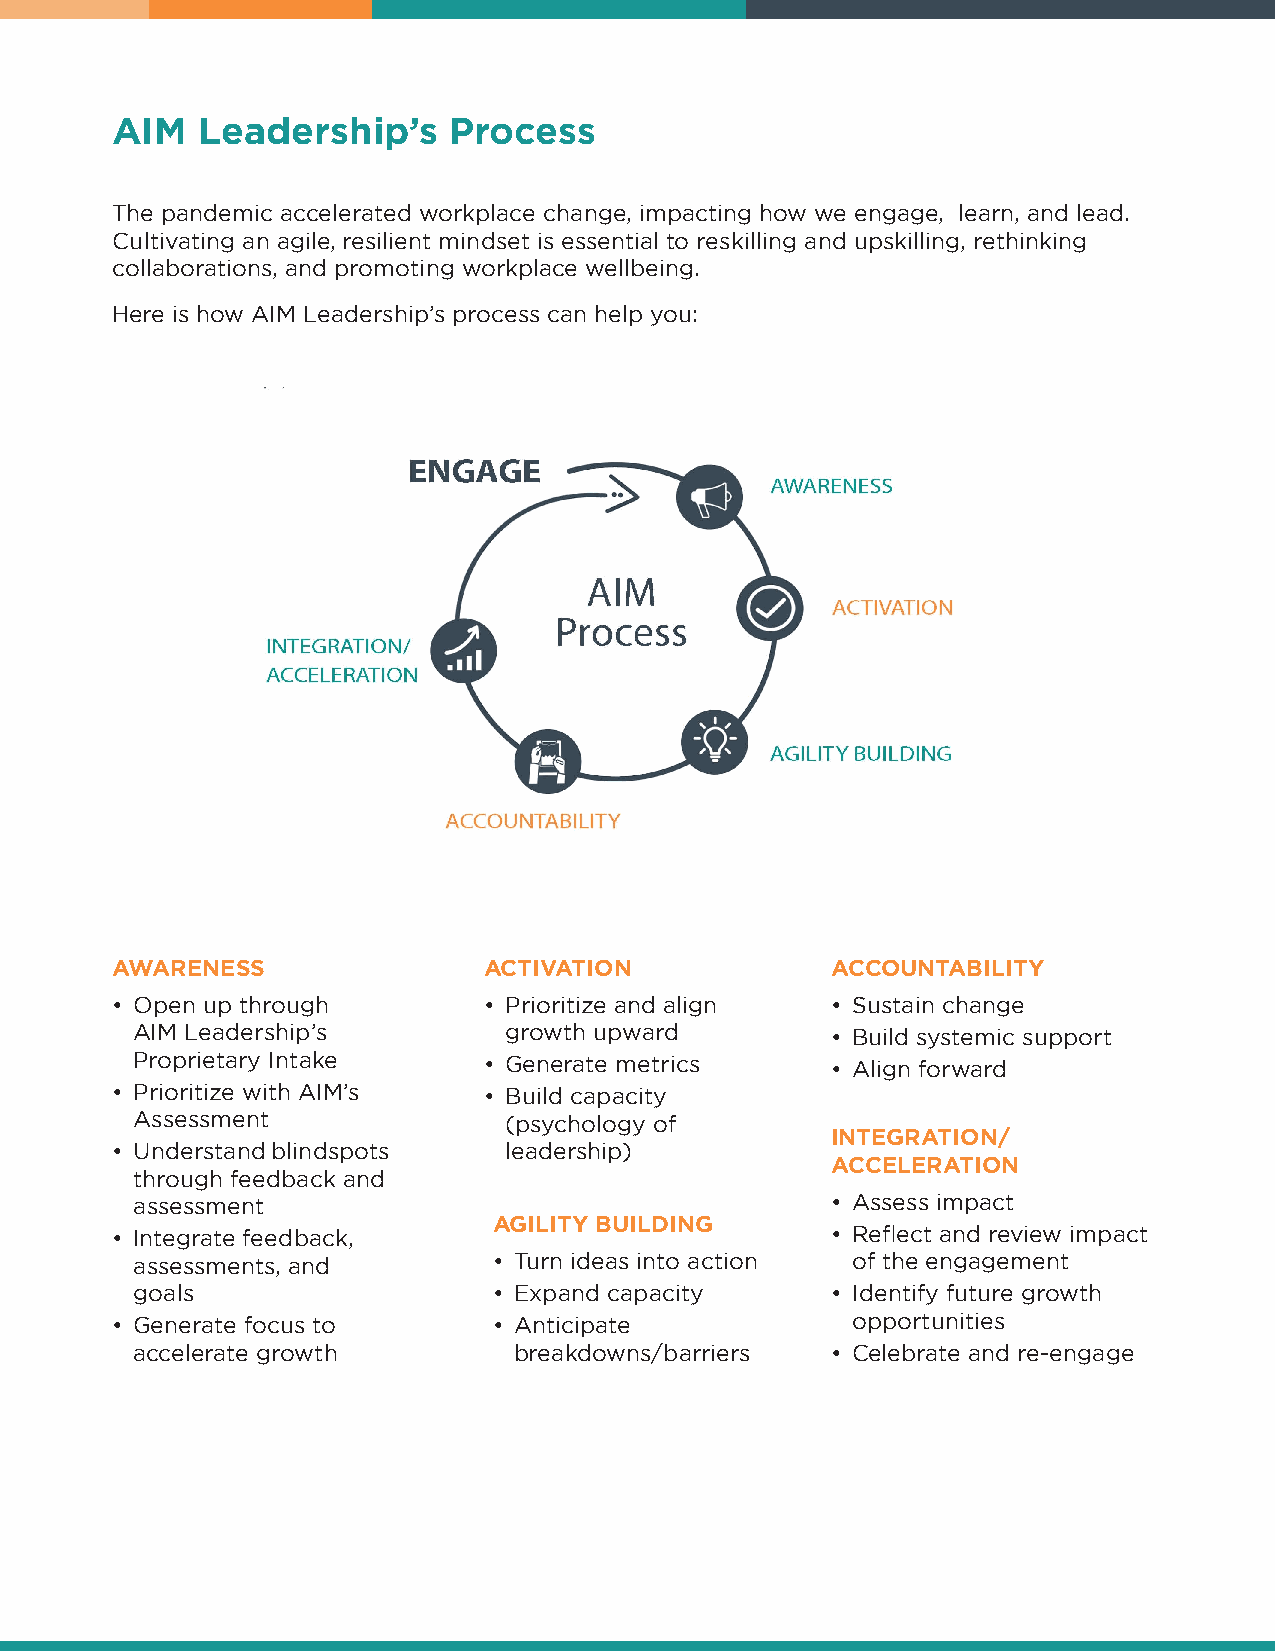
AIM   Leadership’s     Process
 The pandemic accelerated workplace change, impacting how we engage, learn, and lead.
 Cultivating an agile, resilient mindset is essential to reskilling and upskilling, rethinking
 collaborations, and promoting workplace wellbeing.
 Here is how AIM Leadership’s process can help you:
 AWARENESS                ACTIVATION             ACCOUNTABILITY
 • Open up through        • Prioritize and align • Sustain change
 AIM Leadership’s        growth upward         • Build systemic support
 Proprietary Intake     • Generate metrics     • Align forward
 • Prioritize with AIM’s  • Build capacity
 Assessment              (psychology of
 INTEGRATION/
 • Understand blindspots   leadership)
 ACCELERATION
 through feedback and
 assessment                                    • Assess impact
 AGILITY BUILDING
 • Integrate feedback,                           • Reflect and review impact
 assessments, and        • Turn ideas into action of the engagement
 goals                   • Expand capacity     • Identify future growth
 • Generate focus to       • Anticipate           opportunities
 accelerate growth        breakdowns/barriers  • Celebrate and re-engage